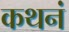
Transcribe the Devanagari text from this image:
कथनं